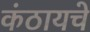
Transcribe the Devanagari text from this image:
कंठायचे